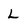
Character: L